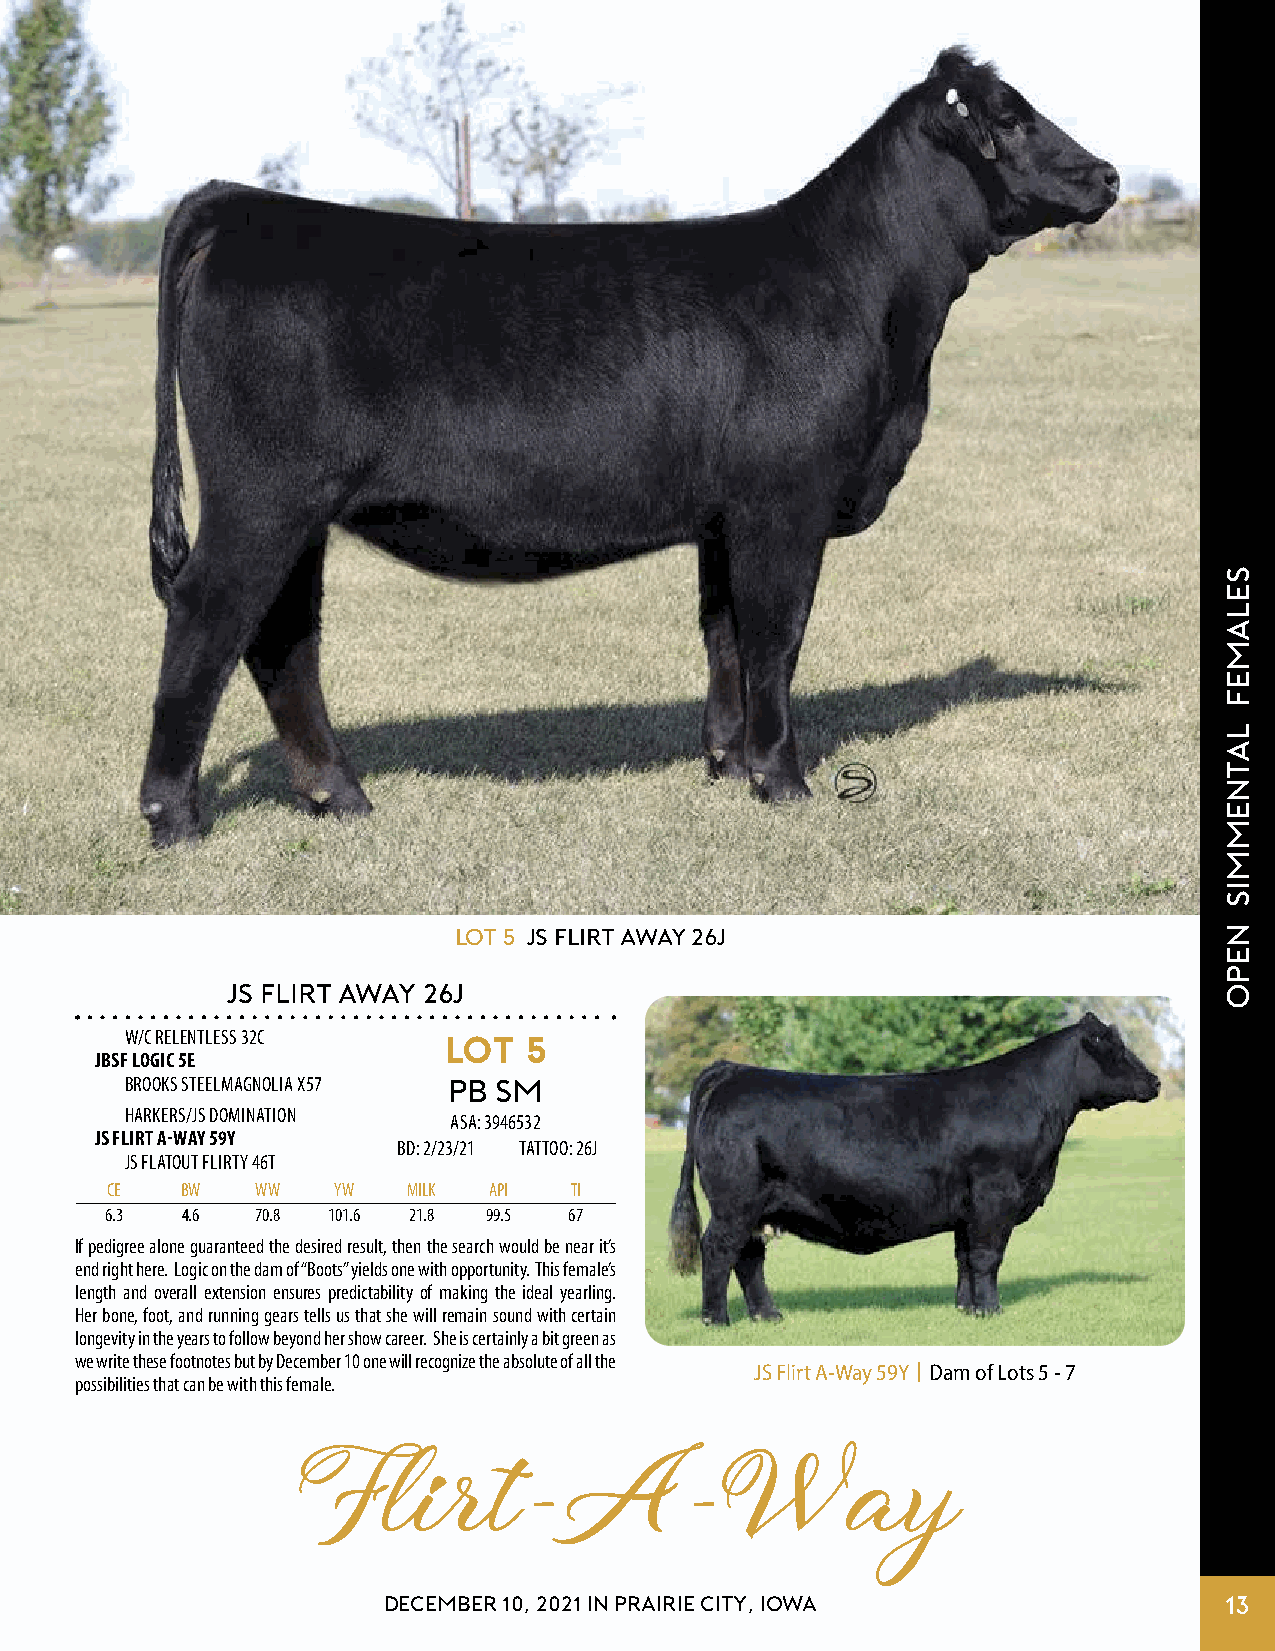
Lot 5 JS FLIRT AWAY 26J
 JS FLIRT AWAY 26J
 W/C RELENTLESS 32C   LOT   5
 JBSF LOGIC 5E
 BROOKS STEELMAGNOLIA X57 PB SM
 HARKERS/JS DOMINATION
 ASA: 3946532
 JS FLIRT A-WAY 59Y
 BD: 2/23/21 TATTOO: 26J
 JS FLATOUT FLIRTY 46T
 CE   BW   WW   YW   MILK API   TI
 6.3  4.6  70.8 101.6 21.8 99.5 67
 If pedigree alone guaranteed the desired result, then the search would be near it’s
 end right here. Logic on the dam of “Boots” yields one with opportunity. This female’s
 length and overall extension ensures predictability of making the ideal yearling.
 Her bone, foot, and running gears tells us that she will remain sound with certain
 longevity in the years to follow beyond her show career. She is certainly a bit green as
 we write these footnotes but by December 10 one will recognize the absolute of all the
 JS Flirt A-Way 59Y | Dam of Lots 5 - 7
 possibilities that can be with this female.
 Flirt-A-Way
 DECEMBER 10, 2021 IN PRAIRIE CITY, IOWA                 13
 selamef
 latnemmis
 nepo